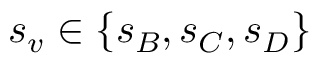
s _ { v } \in \{ s _ { B } , s _ { C } , s _ { D } \}